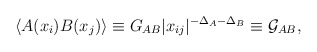
\begin{align*}\langle A(x_{i}) B(x_{j}) \rangle \equiv G_{AB} |x_{ij}|^{-\Delta_A - \Delta_B} \equiv \mathcal{G}_{AB},\end{align*}